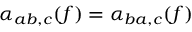
\alpha _ { a b , c } ( f ) = \alpha _ { b a , c } ( f )